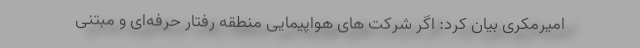
امیرمکری بیان کرد: اگر شرکت های هواپیمایی منطقه رفتار حرفه‌ای و مبتنی